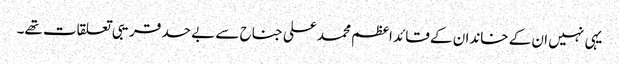
یہی نہیں ان کے خاندان کے قائد اعظم محمد علی جناح سے بے حد قریبی تعلقات تھے۔